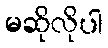
မဆိုလိုပါ